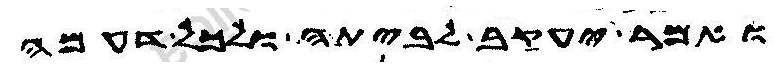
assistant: ואמר יעקב לביתה ולכל דעמה